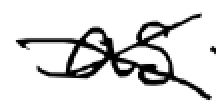
Text: as
Cross-out: cross
Writing tool: digital_black